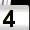
Digit: 4